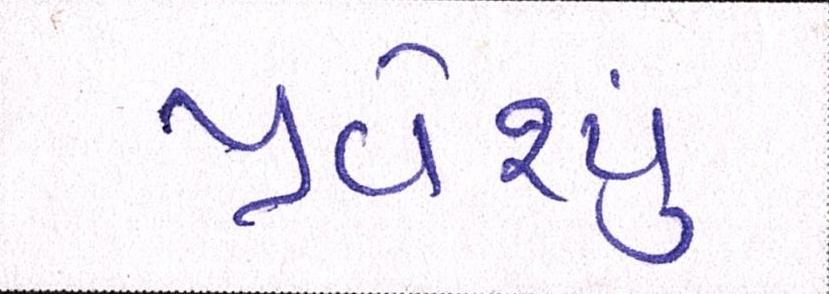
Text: પ્રવેશ્યું